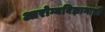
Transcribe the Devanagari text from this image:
आरोग्यविज्ञानाची